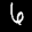
Label: 6